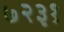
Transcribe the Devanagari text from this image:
७२३१